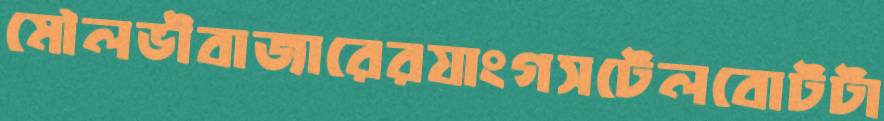
মৌলভীবাজারেরযাংগসটেলবোটটা